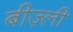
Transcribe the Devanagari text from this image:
बीज़्ली